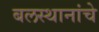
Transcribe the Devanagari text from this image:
बलस्थानांचे